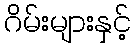
ဂိမ်းများနှင့်